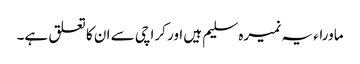
ماوراء یہ نمیرہ سلیم ہیں اور کراچی سے ان کا تعلق ہے۔